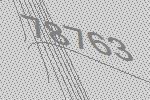
78763